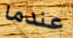
عندما